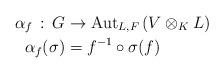
LaTeX: \begin{align*} \alpha_f \, :\, G &\rightarrow \mathrm{Aut}_{L,F}\left( V\otimes_K L\right) \\ \alpha_f(\sigma) &= f^{-1}\circ \sigma(f)\end{align*}